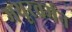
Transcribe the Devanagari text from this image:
मयूरवर्मन